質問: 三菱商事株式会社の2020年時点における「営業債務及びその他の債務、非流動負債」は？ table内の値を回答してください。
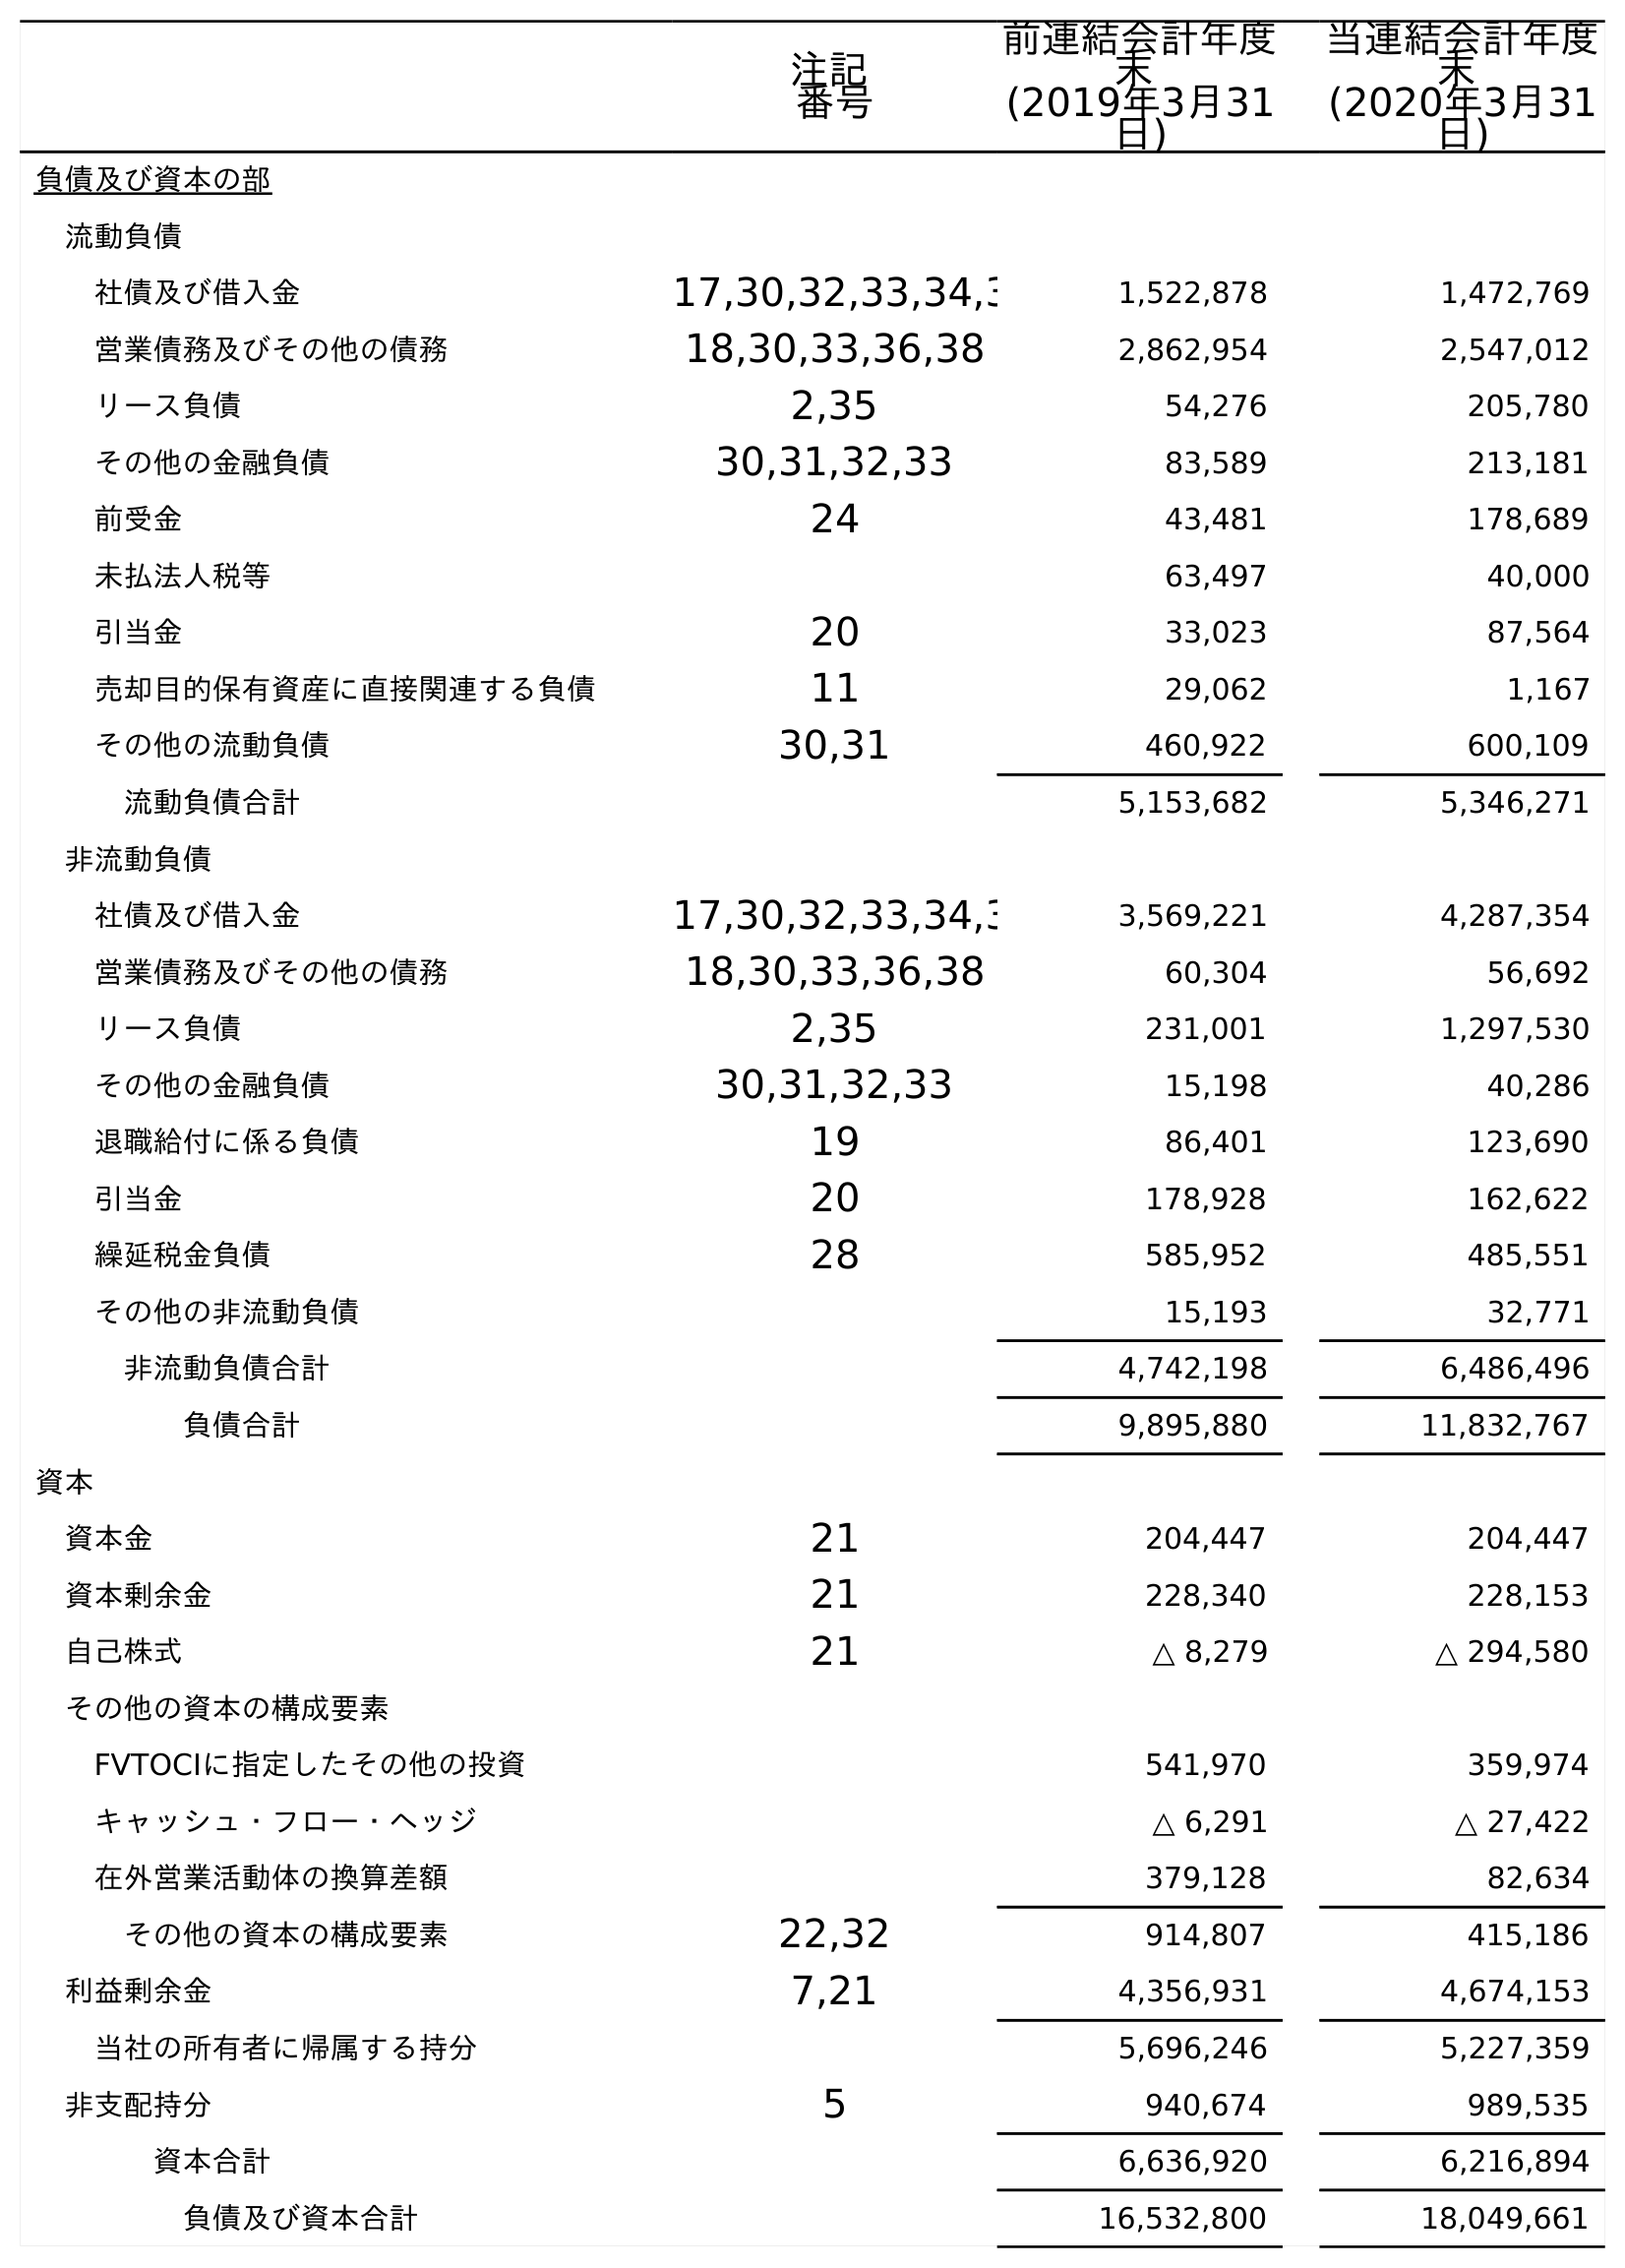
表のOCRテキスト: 注記 番号 前連結会計年度 末 (2019年3月31 日) 当連結会計年度 末 (2020年3月31 日) 負債及び資本の部 流動負債 社債及び借入金 17,30,32,33,34,3 1,522,878 1,472,769 営業債務及びその他の債務 18,30,33,36,38 2,862,954 2,547,012 リース負債 2,35 54,276 205,780 その他の金融負債 30,31,32,33 83,589 213,181 前受金 24 43,481 178,689 未払法人税等 63,497 40,000 引当金 20 33,023 87,564 売却目的保有資産に直接関連する負債 11 29,062 1,167 その他の流動負債 30,31 460,922 600,109 流動負債合計 5,153,682 5,346,271 非流動負債 社債及び借入金 17,30,32,33,34,3 3,569,221 4,287,354 営業債務及びその他の債務 18,30,33,36,38 60,304 56,692 リース負債 2,35 231,001 1,297,530 その他の金融負債 30,31,32,33 15,198 40,286 退職給付に係る負債 19 86,401 123,690 引当金 20 178,928 162,622 繰延税金負債 28 585,952 485,551 その他の非流動負債 15,193 32,771 非流動負債合計 4,742,198 6,486,496 負債合計 9,895,880 11,832,767 資本 資本金 21 204,447 204,447 資本剰余金 21 228,340 228,153 自己株式 21 △ 8,279 △ 294,580 その他の資本の構成要素 FVTOCIに指定したその他の投資 541,970 359,974 キャッシュ・フロー・ヘッジ △ 6,291 △ 27,422 在外営業活動体の換算差額 379,128 82,634 その他の資本の構成要素 22,32 914,807 415,186 利益剰余金 7,21 4,356,931 4,674,153 当社の所有者に帰属する持分 5,696,246 5,227,359 非支配持分 5 940,674 989,535 資本合計 6,636,920 6,216,894 負債及び資本合計 16,532,800 18,049,661
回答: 56,692